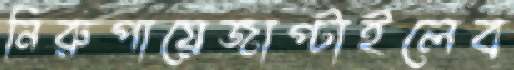
নিরুপায়েজাপ্‌টাইলেব